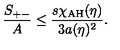
{ \frac { S _ { + - } } { A } } \leq { \frac { s \chi _ { \mathrm { A H } } ( \eta ) } { 3 a ( \eta ) ^ { 2 } } } .